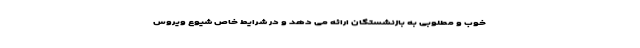
خوب و مطلوبی به بازنشستگان ارائه می دهد و در شرایط خاص شیوع ویروس